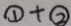
\textcircled { 1 } + \textcircled { 2 }